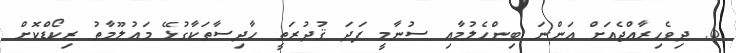
6. ދިވެހިރާއްޖެއަށް އަންނަ ބިންހެލުމާއި ސުނާމީ ފަދަ ޤުދުރަތީ ހާދިސާތަކާގުޅޭ މަޢުލޫމާތު ރިކޯޑްކޮށް